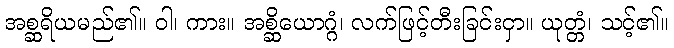
အစ္ဆရိယမည်၏။ ဝါ၊ ကား။ အစ္ဆိယောဂ္ဂံ၊ လက်ဖြင့်တီးခြင်းငှာ။ ယုတ္တံ၊ သင့်၏။